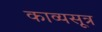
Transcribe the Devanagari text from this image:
काव्यसूत्र